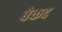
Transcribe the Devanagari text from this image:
बेकद